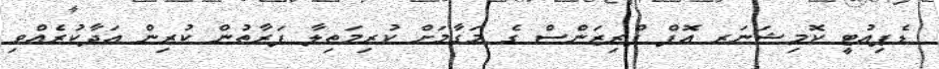
ޑެޕިއުޓީ ކޮމިޝަނަރ އޮފް ޕްރިޒަންސް ގެ މަގާމަށް ކުރިމަތިލާ ފަރާތުން ކުރިން އަދާކުރެއްވި